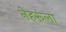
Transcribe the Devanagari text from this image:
नेहरूंला